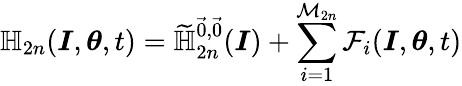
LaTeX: \mathbb{H}_{2n}(\boldsymbol{I},\boldsymbol{\theta},t)=\widetilde{\mathbb{H}}_{2n}^{\vec{0},\vec{0}}(\boldsymbol{I})+\sum_{i=1}^{\mathcal{M}_{2n}}\mathcal{F}_{i}(\boldsymbol{I},\boldsymbol{\theta},t)